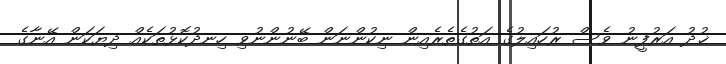
ޚުދު އަރުފީނު ވެސް ރުހައިލުގެ އަތުގެތެރެއިން ނިކުންނަން ބޭނުންނުވި ހިނދުކޮޅުތަކެއް ދިޔަކަން އޭނާގެ